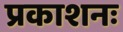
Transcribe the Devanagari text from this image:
प्रकाशनः